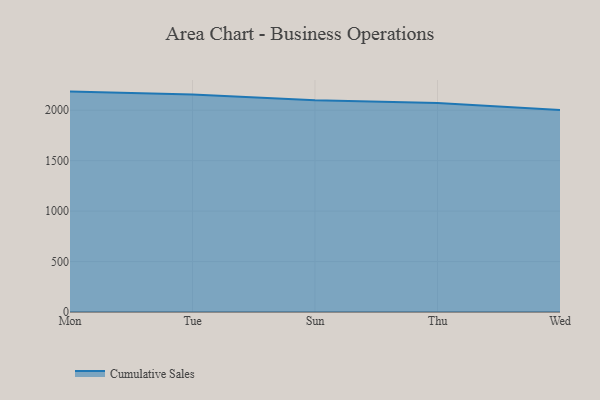
{"axis": {"x": "Day", "y": "Temperature (°C)"}, "legend": ["Cumulative Sales"], "data": [{"x": "Mon", "y": 2184.5, "type": "Cumulative Sales"}, {"x": "Tue", "y": 2154.8, "type": "Cumulative Sales"}, {"x": "Sun", "y": 2097.7, "type": "Cumulative Sales"}, {"x": "Thu", "y": 2072.3, "type": "Cumulative Sales"}, {"x": "Wed", "y": 2001.5, "type": "Cumulative Sales"}]}